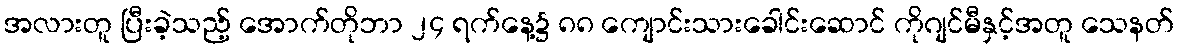
အလားတူ ပြီးခဲ့သည့် အောက်တိုဘာ ၂၄ ရက်နေ့၌ ၈၈ ကျောင်းသားခေါင်းဆောင် ကိုဂျင်မီနှင့်အတူ သေနတ်